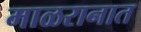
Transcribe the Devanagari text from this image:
माळरानात